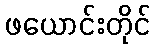
ဖယောင်းတိုင်